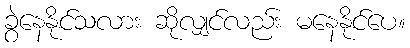
ခွဲနေနိုင်သလား ဆိုလျှင်လည်း မနေနိုင်ပေ။